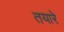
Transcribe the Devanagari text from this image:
तयारे